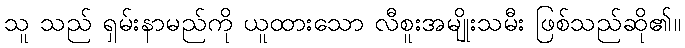
သူ သည် ရှမ်းနာမည်ကို ယူထားသော လီစူးအမျိုးသမီး ဖြစ်သည်ဆို၏။